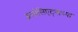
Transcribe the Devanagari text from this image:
असोसिएट्सच्या